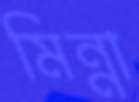
মিন্না